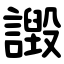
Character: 譭